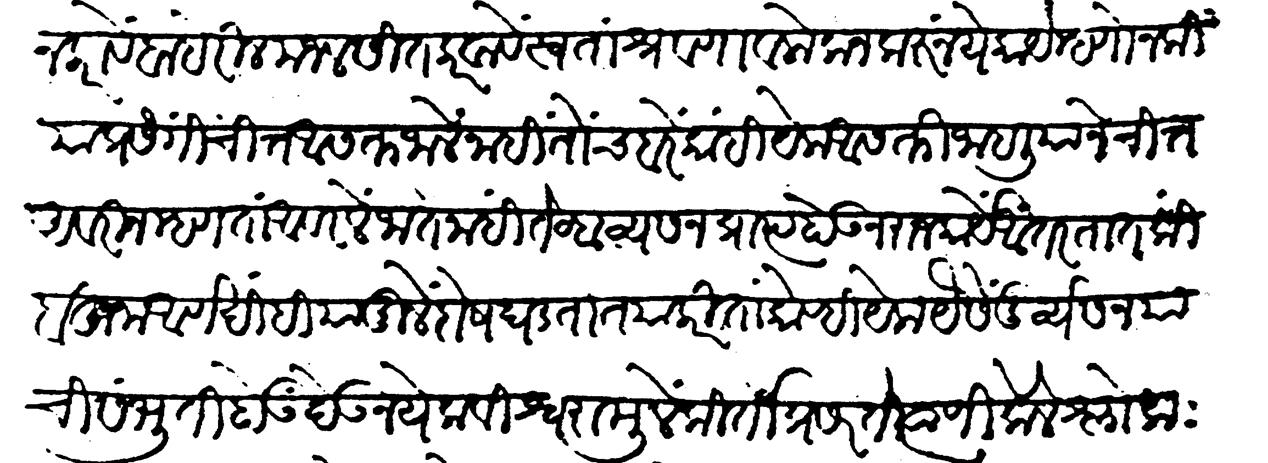
Transliteration (Devanagari): न करावें बाहेरील मजलसींत करवावें स्वतां श्रवणावलोकन करूं नये काय म्हणोन कीं या प्रसंगीं चित्त आसक्त जालें नाही तोंच बरें कांहीं येक आसक्ति जालियाने चित्त आवरीन म्हणतां आवरलें जात नाहीं तेव्हा व्यसन प्राप्त होऊन राजकार्य आंतरतात किंबहुना आणखीहि यामुळें दोष घडतात. याकरितां कोण्ही येक यैसें दुर्व्यसन याची संभूति होऊं देऊं नये कवीश्वरामुळें कीर्ति प्रसरते त्यांणी केले श्लोक